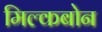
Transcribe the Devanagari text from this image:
मिल्कबोन